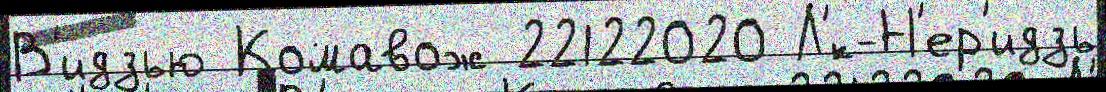
В'идзью Комавож 22122020 Л'́к-Н'ер'идзь